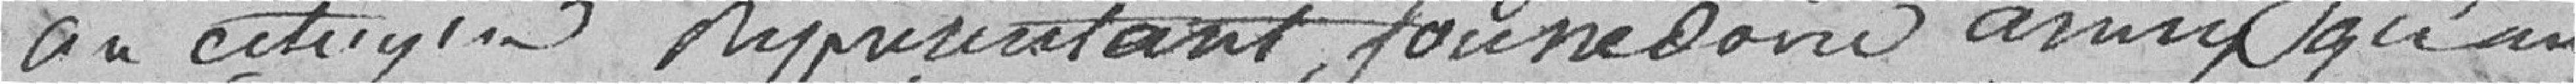
au citoyen représentant founedovic assure qu'un